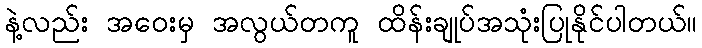
နဲ့လည်း အဝေးမှ အလွယ်တကူ ထိန်းချုပ်အသုံးပြုနိုင်ပါတယ်။